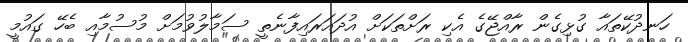
ހަނދުކޭތައާ ގުޅިގެން ރާއްޖޭގެ އެކި ރަށްތަކަށް އުދައަރައިފާނެތީ ސަމާލުވުމަށް މުސުމާއި ބެހޭ ގައުމީ